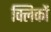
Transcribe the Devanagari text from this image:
क्लिकों